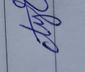
Signature authenticity: genuine